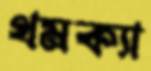
থমক্যা